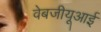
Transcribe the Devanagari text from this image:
वेबजीयूआई